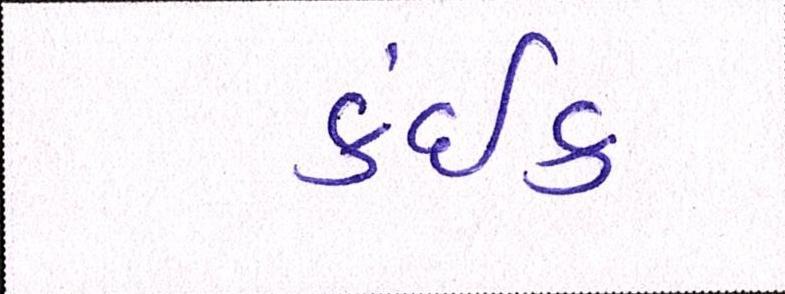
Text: કંઈક